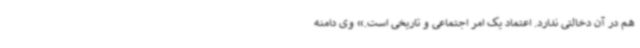
هم در آن دخالتی ندارد. اعتماد یک امر اجتماعی و تاریخی است.» وی دامنه